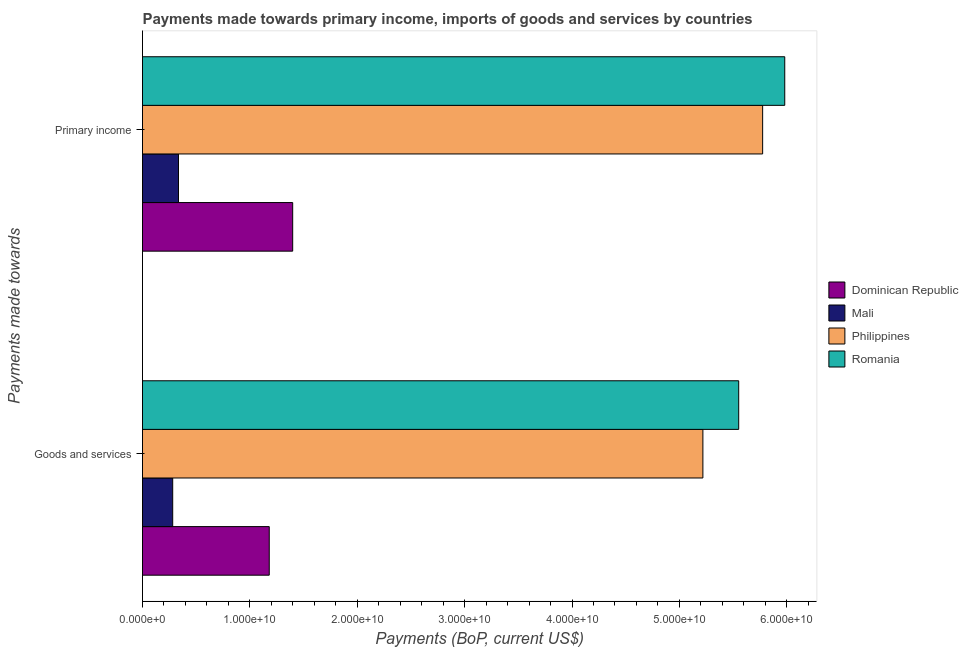
| Payments made towards | Dominican Republic | Mali | Philippines | Romania |
 | --- | --- | --- | --- | --- |
 | Goods and services | 1.18e+10 | 2.81e+09 | 5.22e+10 | 5.55e+10 |
 | Primary income | 1.4e+10 | 3.35e+09 | 5.78e+10 | 5.98e+10 |